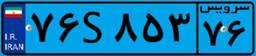
۸۳S۷۴۰۹۸